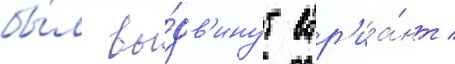
бы́л вы́дв'инут вар'иа́нт /